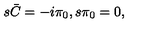
s \bar { C } = - i \pi _ { 0 } , s \pi _ { 0 } = 0 ,